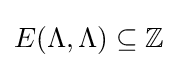
E(\Lambda ,\Lambda )\subseteq \mathbb {Z}